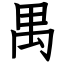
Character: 禺